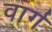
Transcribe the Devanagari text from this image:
वार्ग